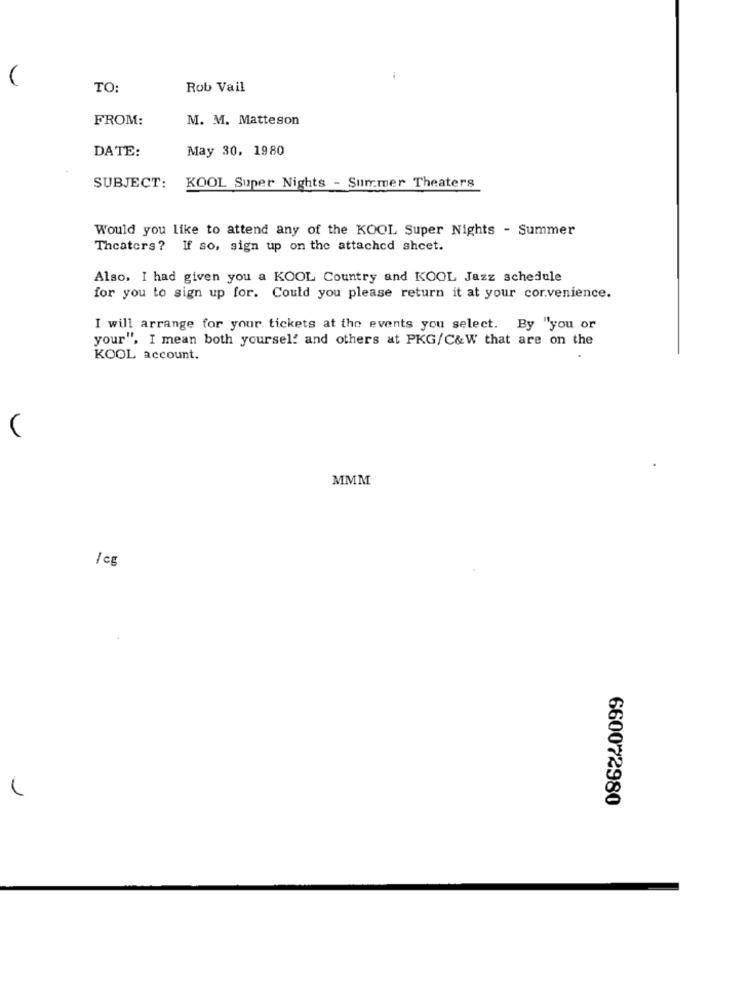
(
TO:
Rob Vail
FROM:
M. M. Matteson
DATE:
May 30, 1980
SUBJECT: KOOL Super Nights - Summer Theaters
Would you like to attend any of the KOOL Super Nights - Summer
Theaters ? If so, sign up on the attached sheet.
Also, I had given you a KOOL Country and KOOL Jazz schedule
for you to sign up for. Could you please return it at your cor.venience.
I will arrange for your tickets at the events you select. By "you or
your", I mean both yourself and others at PKG/C&W that are on the
KOOL account.
MMM
1
660072980